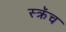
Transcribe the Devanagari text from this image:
स्क्रॅच